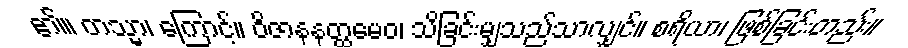
၏။ တသ္မာ၊ ကြောင့်။ ဝိဇာနနတ္ထမေဝ၊ သိခြင်းမျှသည်သာလျှင်။ စရိယာ၊ ဖြစ်ခြင်းတည်း။